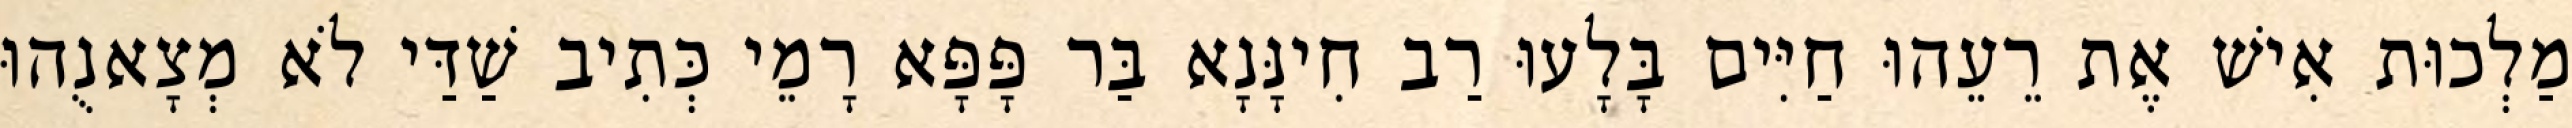
מַלְכוּת אִישׁ אֶת רֵעֵהוּ חַיִּים בָּלָעוּ רַב חִינָּנָא בַּר פָּפָּא רָמֵי כְּתִיב שַׁדַּי לֹא מְצָאנֻהוּ